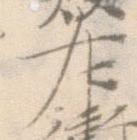
左